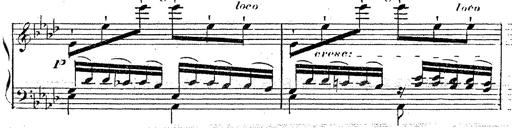
Title: 12 Lieder von Franz Schubert
Composer: Franz Liszt